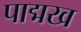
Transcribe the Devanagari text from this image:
पाद्मख